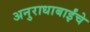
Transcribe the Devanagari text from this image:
अनुराधाबाईंचे